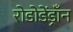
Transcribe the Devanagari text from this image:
रोडोडेंड्राँन